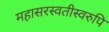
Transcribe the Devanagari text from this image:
महासरस्वतीस्वरुपि